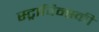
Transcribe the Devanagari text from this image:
स्ट्राविन्स्की